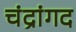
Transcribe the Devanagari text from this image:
चंद्रांगद